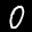
Label: 0